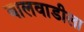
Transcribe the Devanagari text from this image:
बालवाडीला